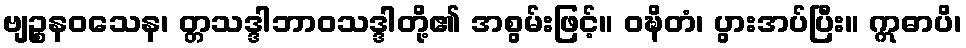
ဗျဉ္စနဝသေန၊ တ္တသဒ္ဒါဘာဝသဒ္ဒါတို့၏ အစွမ်းဖြင့်။ ဝဍ္ဎိတံ၊ ပွားအပ်ပြီး။ ဣဓာပိ၊